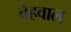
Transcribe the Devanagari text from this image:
बेहवाल